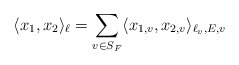
\begin{align*} \langle x_{1} , x_{2}\rangle_{\ell}=\sum_{v\in S_{F}} \langle x_{1,v}, x_{2,v}\rangle_{\ell_{v},E,v}\end{align*}